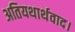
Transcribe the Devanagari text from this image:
अतियथार्थवाद।